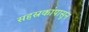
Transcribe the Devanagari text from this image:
सहस्रकांपासून